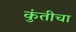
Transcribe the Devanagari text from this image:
कुंतीचा